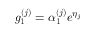
g _ { 1 } ^ { ( j ) } = \alpha _ { 1 } ^ { ( j ) } e ^ { \eta _ { j } }